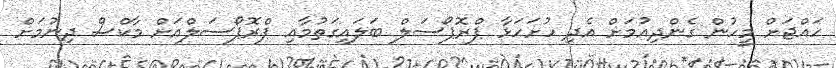
ހައްޖަށް މީހުން ގެންދިއުމަށް އެދި ހުށަހަޅާ ޕްރޮޕޯސަލް ބަލައިގަތުމާއި ޕްރޮޕޯސަލްއަށް މާކްސް ދިނުމަށް